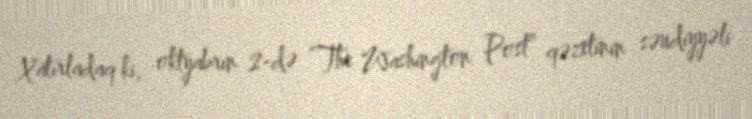
Xatırladaq ki, oktyabrın 2-də “The Washington Post” qəzetinin səudiyyəli